Problem: 2 × 5 = ?
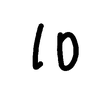
Handwritten answer: 10